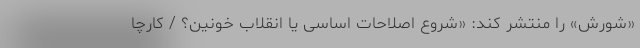
«شورش» را منتشر کند: «شروع اصلاحات اساسی یا انقلاب خونین؟ / کارچا